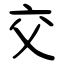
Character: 交